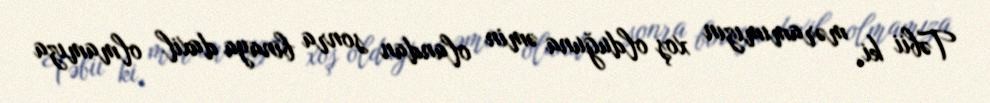
Təbii ki, məramımızın xoş olduğuna əmin olandan sonra binaya daxil olmamıza